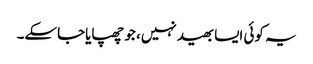
یہ کوئی ایسا بھید نہیں، جو چھپایاجاسکے۔